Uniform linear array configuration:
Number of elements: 4
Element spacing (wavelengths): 0.75
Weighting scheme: blackman
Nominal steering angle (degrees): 30
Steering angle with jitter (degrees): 31.102
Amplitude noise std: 0.05
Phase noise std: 0.05

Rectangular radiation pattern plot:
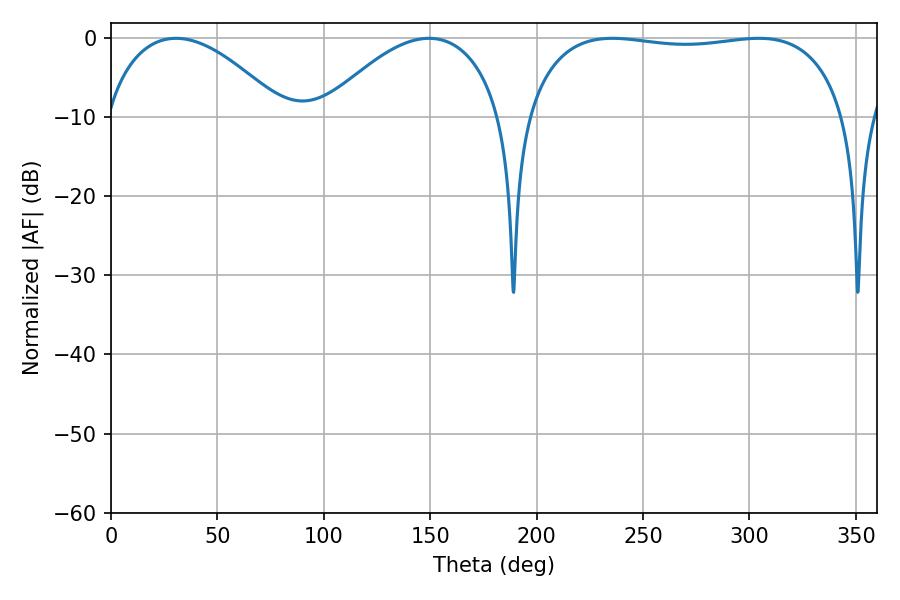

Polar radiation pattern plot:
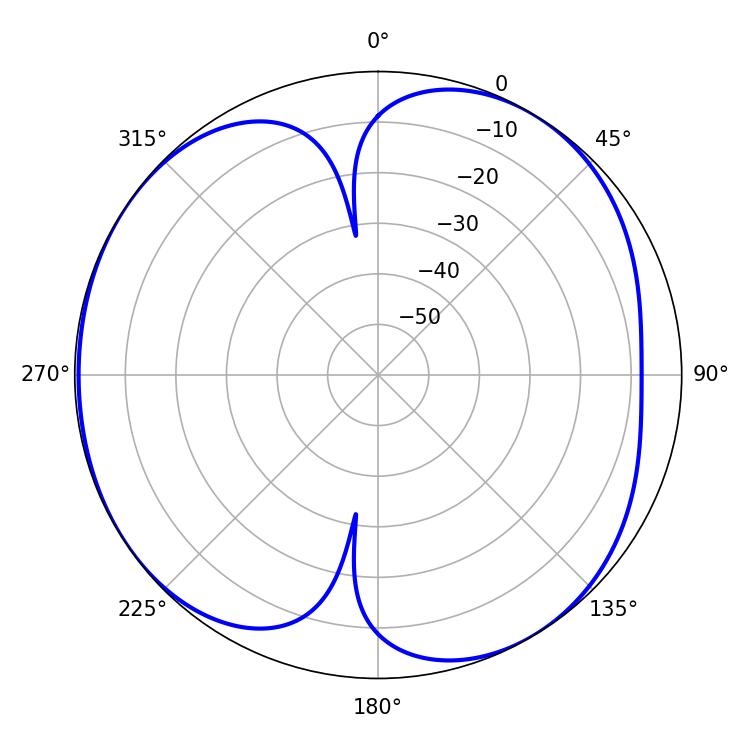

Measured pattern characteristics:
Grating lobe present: TRUE
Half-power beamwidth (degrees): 120.96
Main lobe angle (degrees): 235.62